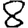
Digit: 8